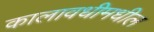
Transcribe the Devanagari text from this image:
कालावधीमधील